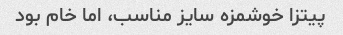
پیتزا خوشمزه سایز مناسب، اما خام بود